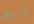
الرجل